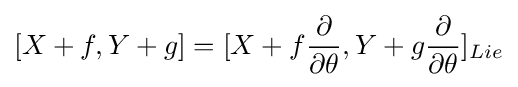
[X+f,Y+g]=[X+f{\frac {\partial }{\partial \theta }},Y+g{\frac {\partial }{\partial \theta }}]_{Lie}